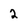
Character: 2